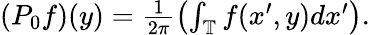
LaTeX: \begin{array}{r}{\left(P_{0}f\right)(y)=\frac{1}{2\pi}\left(\int_{\mathbb{T}}f(x^{\prime},y)dx^{\prime}\right).}\end{array}